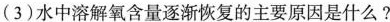
（3）水中溶解氧含量逐渐恢复的主要原因是什么？